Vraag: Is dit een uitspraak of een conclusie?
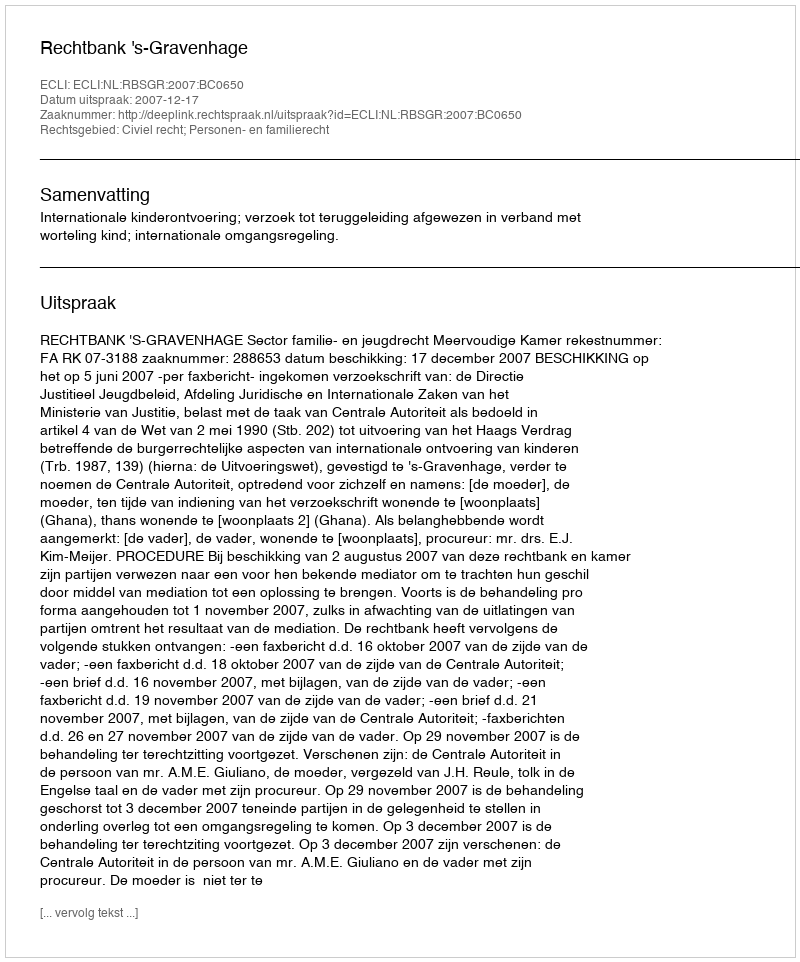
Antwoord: Uitspraak